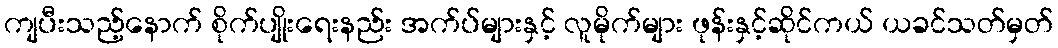
ကျပီးသည့်နောက် စိုက်ပျိုးရေးနည်း အက်ပ်များနှင့် လူမိုက်များ ဖုန်းနှင့်ဆိုင်ကယ် ယခင်သတ်မှတ်